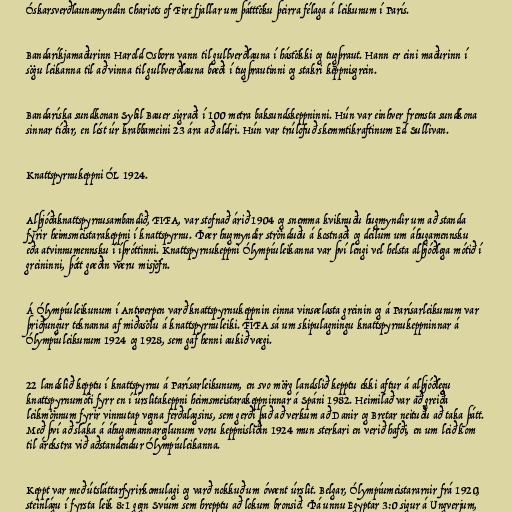
Óskarsverðlaunamyndin Chariots of Fire fjallar um þátttöku þeirra félaga á leikunum í París.

Bandaríkjamaðurinn Harold Osborn vann til gullverðlauna í hástökki og tugþraut. Hann er eini maðurinn í
sögu leikanna til að vinna til gullverðlauna bæði í tugþrautinni og stakri keppnisgrein.

Bandaríska sundkonan Sybil Bauer sigraði í 100 metra baksundskeppninni. Hún var einhver fremsta sundkona
sinnar tíðar, en lést úr krabbameini 23 ára að aldri. Hún var trúlofuð skemmtikraftinum Ed Sullivan.

Knattspyrnukeppni ÓL 1924.

Alþjóðaknattspyrnusambandið, FIFA, var stofnað árið 1904 og snemma kviknuðu hugmyndir um að standa
fyrir heimsmeistarakeppni í knattspyrnu. Þær hugmyndir strönduðu á kostnaði og deilum um áhugamennsku
eða atvinnumennsku í íþróttinni. Knattspyrnukeppni Ólympíuleikanna var því lengi vel helsta alþjóðlega mótið í
greininni, þótt gæðin væru misjöfn.

Á Ólympíuleikunum í Antwerpen varð knattspyrnukeppnin einna vinsælasta greinin og á Parísarleikunum var
þriðjungur teknanna af miðasölu á knattspyrnuleiki. FIFA sá um skipulagningu knattspyrnukeppninnar á
Ólympíuleikunum 1924 og 1928, sem gaf henni aukið vægi.

22 landslið kepptu í knattspyrnu á Parísarleikunum, en svo mörg landslið kepptu ekki aftur á alþjóðlegu
knattspyrnumóti fyrr en í úrslitakeppni heimsmeistarakeppninnar á Spáni 1982. Heimilað var að greiða
leikmönnum fyrir vinnutap vegna ferðalagsins, sem gerði það að verkum að Danir og Bretar neituðu að taka þátt.
Með því að slaka á áhugamannareglunum voru keppnisliðin 1924 mun sterkari en verið hafði, en um leið kom
til árekstra við aðstandendur Ólympíuleikanna.

Keppt var með útsláttarfyrirkomulagi og varð nokkuð um óvænt úrslit. Belgar, Ólympíumeistararnir frá 1920,
steinlágu í fyrsta leik 8:1 gegn Svíum sem hrepptu að lokum bronsið. Þá unnu Egyptar 3:0 sigur á Ungverjum,